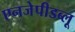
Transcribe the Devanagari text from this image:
एनजेपीडब्लू